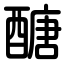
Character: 醣